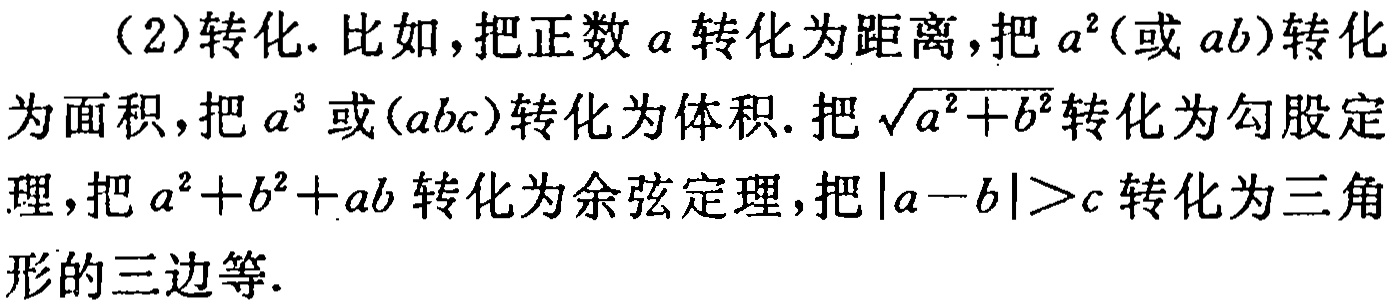
（2）转化. 比如，把正数\(a\)转化为距离，把\(a^{2}\)（或\(ab\)）转化为面积，把\(a^{3}\)或\((abc)\)转化为体积. 把\(\sqrt{a^{2}+b^{2}}\)转化为勾股定理，把\(a^{2}+b^{2}+ab\)转化为余弦定理，把\(\vert a - b\vert>c\)转化为三角形的三边等.